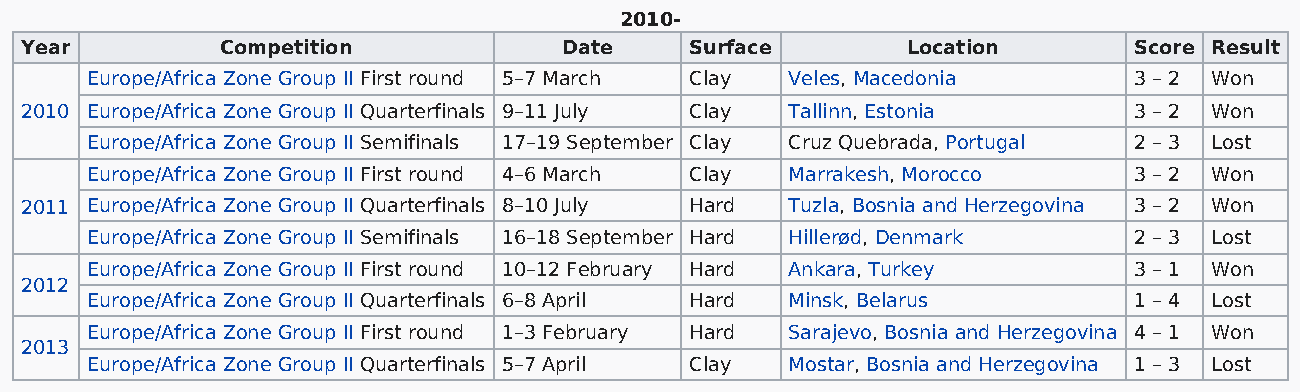
2010-
 Year          Competition           Date     Surface       Location       Score Result
 Europe/Africa Zone Group II First round 5–7 March Clay Veles, Macedonia 3 – 2 Won
 2010 Europe/Africa Zone Group II Quarterfinals 9–11 July Clay Tallinn, Estonia 3 – 2 Won
 Europe/Africa Zone Group II Semifinals 17–19 September Clay Cruz Quebrada, Portugal 2 – 3 Lost
 Europe/Africa Zone Group II First round 4–6 March Clay Marrakesh, Morocco 3 – 2 Won
 2011 Europe/Africa Zone Group II Quarterfinals 8–10 July Hard Tuzla, Bosnia and Herzegovina 3 – 2 Won
 Europe/Africa Zone Group II Semifinals 16–18 September Hard Hillerød, Denmark 2 – 3 Lost
 Europe/Africa Zone Group II First round 10–12 February Hard Ankara, Turkey 3 – 1 Won
 2012
 Europe/Africa Zone Group II Quarterfinals 6–8 April Hard Minsk, Belarus 1 – 4 Lost
 Europe/Africa Zone Group II First round 1–3 February Hard Sarajevo, Bosnia and Herzegovina 4 – 1 Won
 2013
 Europe/Africa Zone Group II Quarterfinals 5–7 April Clay Mostar, Bosnia and Herzegovina 1 – 3 Lost